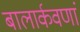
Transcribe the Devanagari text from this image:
बालार्कवणां